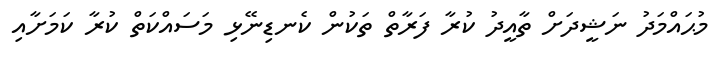
މުޙައްމަދު ނަޝީދަށް ތާއީދު ކުރާ ފަރާތް ތަކުން ކެނޑިނޭޅި މަސައްކަތް ކުރާ ކަމަށާއި